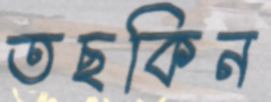
তছকিন